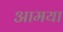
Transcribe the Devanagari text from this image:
आमया